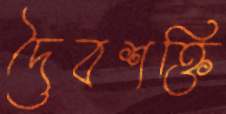
দৈবশক্তি